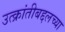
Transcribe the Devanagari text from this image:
उत्क्रांतीबद्दलच्या